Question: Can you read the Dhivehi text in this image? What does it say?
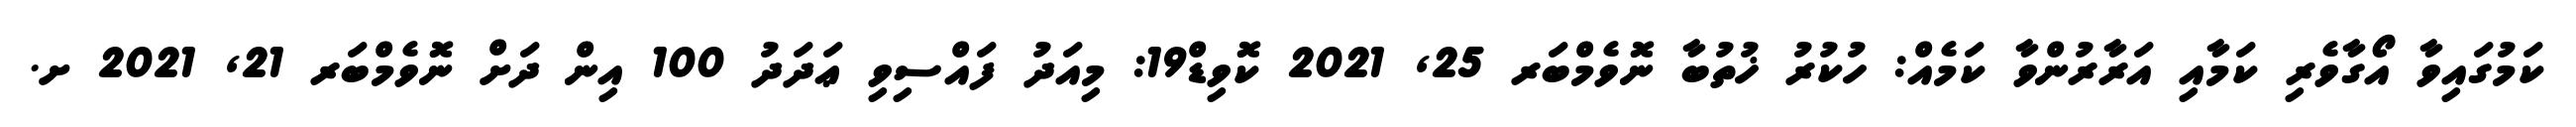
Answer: ކަމުގައިވާ އޯގާވެރި ކަމާއި އަރާރުންވާ ކަމެއް: ހުކުރު ޚުތުބާ ނޮވެމްބަރ 25, 2021 ކޮވިޑް19: މިއަދު ފައްސިވި ޢަދަދު 100 އިން ދަށް ނޮވެމްބަރ 21, 2021 ށ.